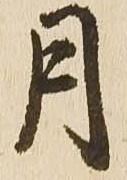
月